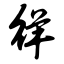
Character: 徉